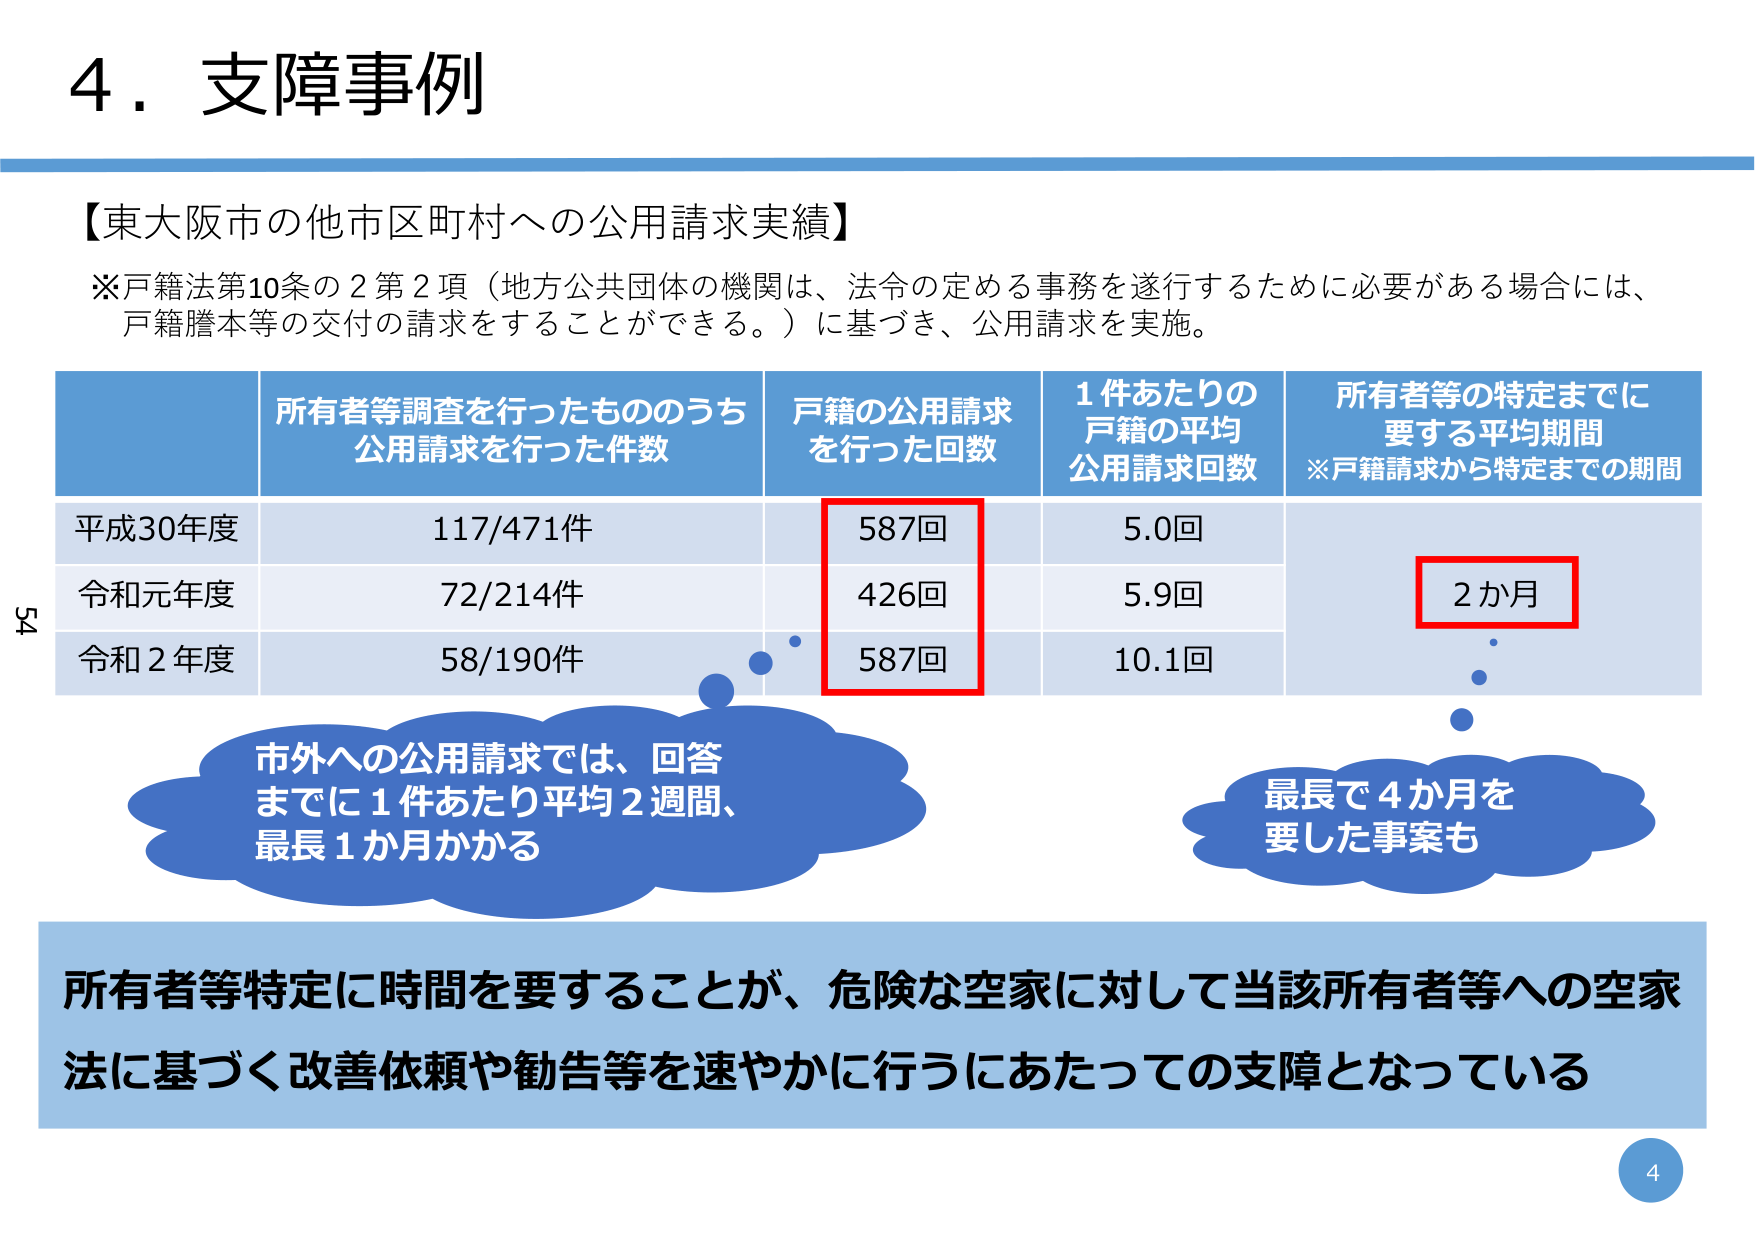
4．支障事例

【東大阪市の他市区町村への公用請求実績】

※戸籍法第10条の2第2項（地方公共団体の機関は、法令の定める事務を遂行するために必要がある場合には、戸籍謄本等の交付の請求をすることができる。）に基づき、公用請求を実施。

所有者等調査を行ったもののうち
公用請求を行った件数
戸籍の公用請求
を行った回数
1件あたりの
戸籍の平均
公用請求回数
所有者等の特定までに
要する平均期間
※戸籍請求から特定までの期間

平成30年度
117/471件
587回
5.0回
2か月

令和元年度
72/214件
426回
5.9回

令和2年度
58/190件
587回
10.1回

市外への公用請求では、回答
までに1件あたり平均2週間、
最長1か月かかる

最長で4か月を
要した事案も

所有者等特定に時間を要することが、危険な空家に対して当該所有者等への空家
法に基づく改善依頼や勧告等を速やかに行うにあたっての支障となっている

54
4